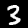
Digit: 3